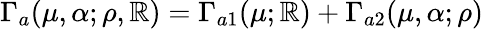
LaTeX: \Gamma_{a}(\mu,\alpha;\rho,{\cal\mathbb{R}})=\Gamma_{a1}(\mu;{\cal\mathbb{R}})+\Gamma_{a2}(\mu,\alpha;\rho)